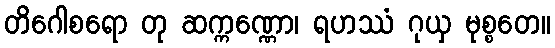
တိဂေါစရော တု ဆက္ကဏ္ဏော၊ ရဟဿံ ဂုယှ မုစ္စတေ။